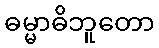
ဓမ္မာဓိဘူတော